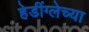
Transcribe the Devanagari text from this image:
हेडींग्लेच्या